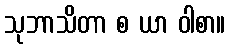
သုဘာသိတာ စ ယာ ဝါစာ။